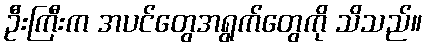
ဦးကြီးက အပင်တွေအရွက်တွေကို သိသည်။